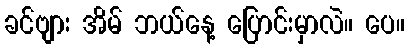
ခင်ဗျား အိမ် ဘယ်နေ့ ပြောင်းမှာလဲ။ ပေ။